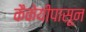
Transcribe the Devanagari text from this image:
कैकेयीपासून